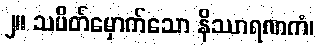
၂။ သပိတ်မှောက်သော နိဿာရဏကံ၊